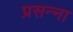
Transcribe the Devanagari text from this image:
प्रसन्‍ना